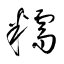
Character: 糯